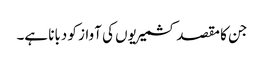
جن کا مقصد کشمیریوں کی آواز کو دبانا ہے۔